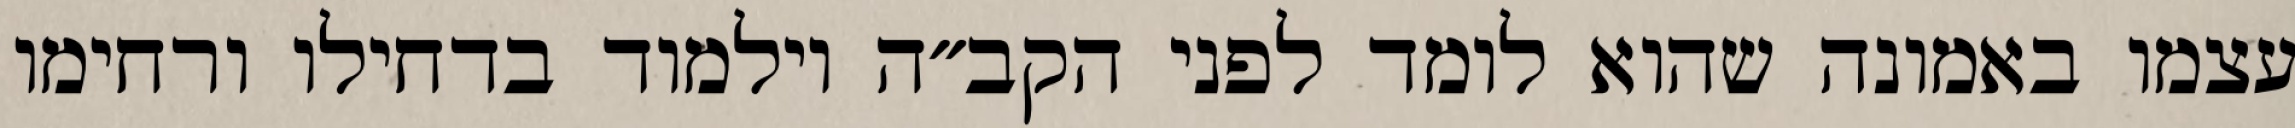
עצמו באמונה שהוא לומד לפני הקב״ה וילמוד בדחילו ורחימו